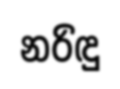
නරිඳු